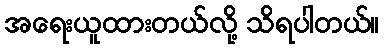
အရေးယူထားတယ်လို့ သိရပါတယ်။